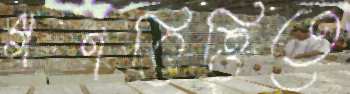
গণভিত্তিতে